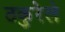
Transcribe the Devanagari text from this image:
ठकुरेले